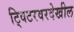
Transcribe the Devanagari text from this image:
ट्विटरवरदेखील